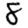
Digit: 8